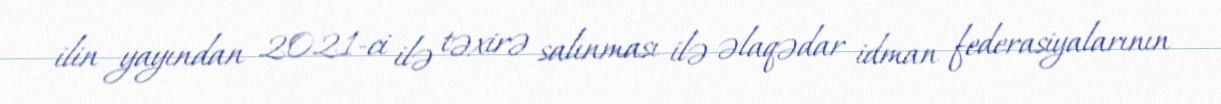
ilin yayından 2021-ci ilə təxirə salınması ilə əlaqədar idman federasiyalarının